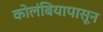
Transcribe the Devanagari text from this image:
कोलंबियापासून